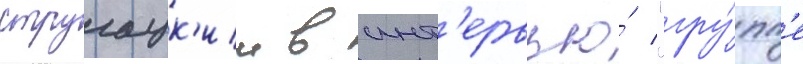
стругацк'ии в инт'ервью́ "гру́пп'е